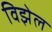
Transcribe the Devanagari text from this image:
विझेल